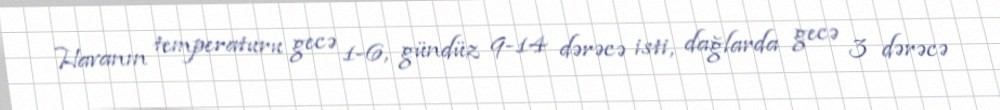
Havanın temperaturu gecə 1-6, gündüz 9-14 dərəcə isti, dağlarda gecə 3 dərəcə